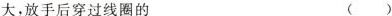
大，放手后穿过线圈的 ()